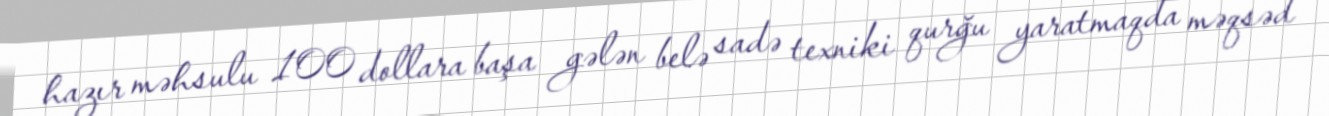
hazır məhsulu 100 dollara başa gələn belə sadə texniki qurğu yaratmaqda məqsəd